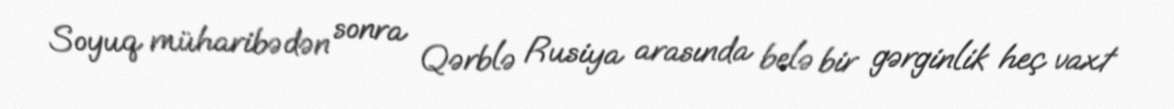
Soyuq müharibədən sonra Qərblə Rusiya arasında belə bir gərginlik heç vaxt